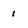
Character: 1